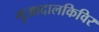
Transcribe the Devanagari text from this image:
गुआदालकिविर